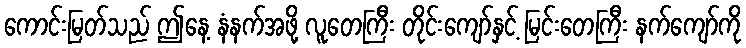
ကောင်းမြတ်သည် ဤနေ့ နံနက်အဖို့ လူတေကြီး တိုင်းကျော်နှင့် မြင်းတေကြီး နက်ကျော်ကို